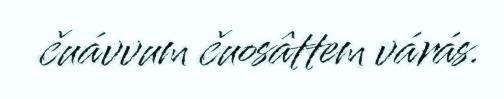
čuávvum čuosâttem várás.